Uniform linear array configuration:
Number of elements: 32
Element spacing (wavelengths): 0.75
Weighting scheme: hann
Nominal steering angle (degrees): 45
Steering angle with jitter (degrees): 43.261
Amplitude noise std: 0.05
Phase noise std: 0.05

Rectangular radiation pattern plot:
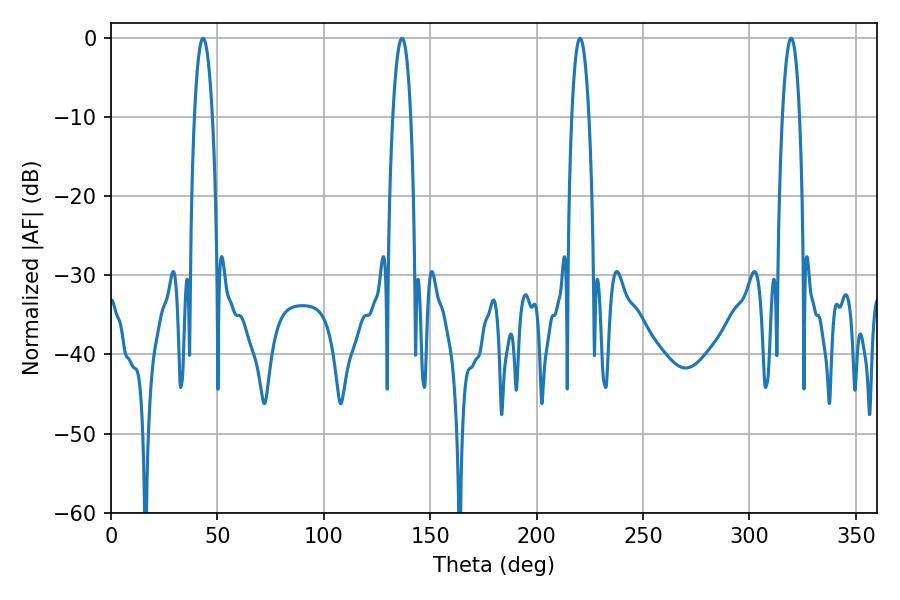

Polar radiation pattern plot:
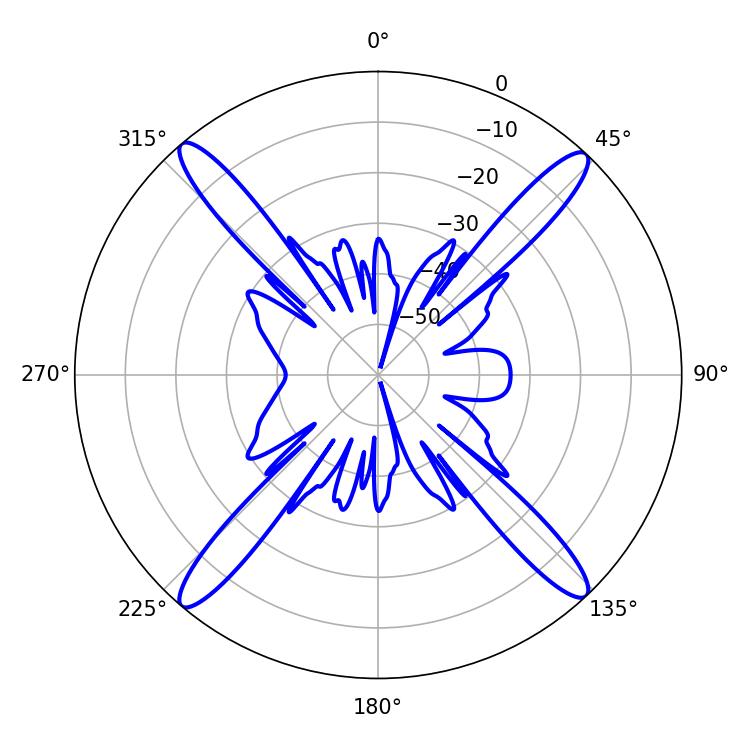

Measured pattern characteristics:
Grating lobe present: TRUE
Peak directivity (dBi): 22.373
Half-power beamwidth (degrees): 4.68
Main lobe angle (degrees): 43.2